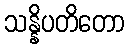
သန္နိပတိတော